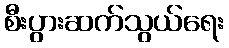
စီးပွားဆက်သွယ်ရေး